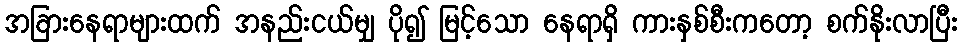
အခြားနေရာများထက် အနည်းငယ်မျှ ပို၍ မြင့်သော နေရာရှိ ကားနှစ်စီးကတော့ စက်နိုးလာပြီး